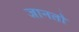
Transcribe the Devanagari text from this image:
जानतो